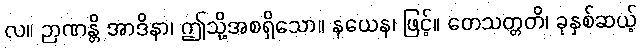
လ။ ဉာဏန္တိ အာဒိနာ၊ ဤသို့အစရှိသော။ နယေန၊ ဖြင့်။ တေသတ္တတိ၊ ခုနှစ်ဆယ့်